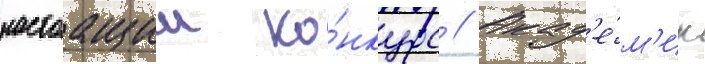
настоащии ко́нкурс // Акад'е́м'ик